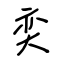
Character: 奕